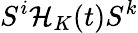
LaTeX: S^{i}\mathcal{H}_{K}(t)S^{k}